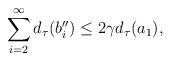
\begin{align*}\sum_{i=2}^\infty d_\tau(b_i'')\leq 2\gamma d_\tau(a_1),\end{align*}